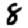
Digit: 8